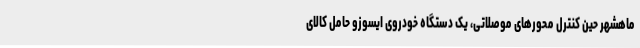
ماهشهر حین کنترل محورهای موصلاتی، یک دستگاه خودروی ایسوزو حامل کالای